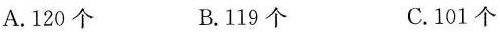
A.120个 B.119个 C.101个